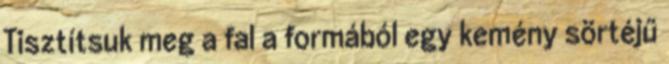
Tisztítsuk meg a fal a formából egy kemény sörtéjű